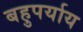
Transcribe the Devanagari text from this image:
बहुपर्याय